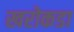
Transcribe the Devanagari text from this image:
खरोकडा